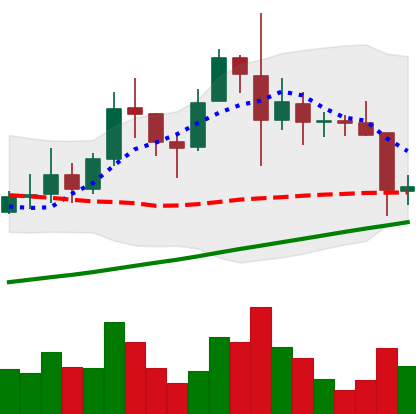
Ticker: XRP-USD
Chart end date: 2021-11-17
Forward return: -5.443%
Label: down_5_7